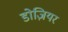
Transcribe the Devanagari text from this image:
डोज़ियर